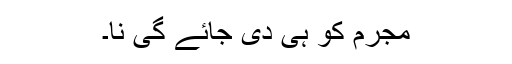
مجرم کو ہی دی جائے گی نا۔